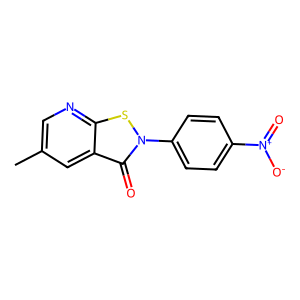
SMILES: Cc1cnc2sn(-c3ccc([N+](=O)[O-])cc3)c(=O)c2c1
Inhibits HIV replication: Yes